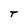
Character: T